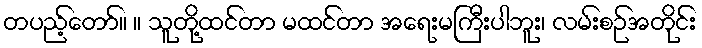
တပည့်တော်။ ။ သူတို့ထင်တာ မထင်တာ အရေးမကြီးပါဘူး၊ လမ်းစဉ်အတိုင်း